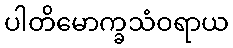
ပါတိမောက္ခသံဝရာယ